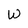
Character: W